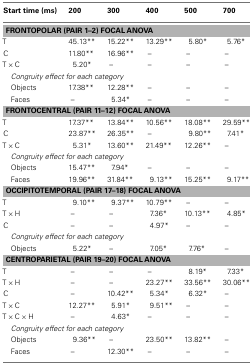
<table><thead><tr><td><b>Start time (ms)</b></td><td><b>200</b></td><td><b>300</b></td><td><b>400</b></td><td><b>500</b></td><td><b>700</b></td></tr></thead><tbody><tr><td colspan="6"><b>FRONTOPOLAR (PAIR 1–2) FOCAL ANOVA</b></td></tr><tr><td>T</td><td>45.13**</td><td>15.22**</td><td>13.29**</td><td>5.80*</td><td>5.76*</td></tr><tr><td>C</td><td>11.80**</td><td>16.96**</td><td>–</td><td>–</td><td>–</td></tr><tr><td>T × C</td><td>5.20*</td><td>–</td><td>–</td><td>–</td><td>–</td></tr><tr><td colspan="6"><i>Congruity effect for each category</i></td></tr><tr><td>Objects</td><td>17.38**</td><td>12.28**</td><td>–</td><td>–</td><td>–</td></tr><tr><td>Faces</td><td>–</td><td>5.34*</td><td>–</td><td>–</td><td>–</td></tr><tr><td colspan="6"><b>FRONTOCENTRAL (PAIR 11–12) FOCAL ANOVA</b></td></tr><tr><td>T</td><td>17.37**</td><td>13.84**</td><td>10.56**</td><td>18.08**</td><td>29.59**</td></tr><tr><td>C</td><td>23.87**</td><td>26.35**</td><td>–</td><td>9.80**</td><td>7.41*</td></tr><tr><td>T × C</td><td>5.31*</td><td>13.60**</td><td>21.49**</td><td>12.26**</td><td>–</td></tr><tr><td colspan="6"><i>Congruity effect for each category</i></td></tr><tr><td>Objects</td><td>15.47**</td><td>7.94*</td><td>–</td><td>–</td><td>–</td></tr><tr><td>Faces</td><td>19.96**</td><td>31.84**</td><td>9.13**</td><td>15.25**</td><td>9.17**</td></tr><tr><td colspan="6"><b>OCCIPITOTEMPORAL (PAIR 17–18) FOCAL ANOVA</b></td></tr><tr><td>T</td><td>9.10**</td><td>9.37**</td><td>10.79**</td><td>–</td><td>–</td></tr><tr><td>T × H</td><td>–</td><td>–</td><td>7.36*</td><td>10.13**</td><td>4.85*</td></tr><tr><td>C</td><td>–</td><td>–</td><td>4.97*</td><td>–</td><td>–</td></tr><tr><td colspan="6"><i>Congruity effect for each category</i></td></tr><tr><td>Objects</td><td>5.22*</td><td>–</td><td>7.05*</td><td>7.76*</td><td>–</td></tr><tr><td colspan="6"><b>CENTROPARIETAL (PAIR 19–20) FOCAL ANOVA</b></td></tr><tr><td>T</td><td>–</td><td>–</td><td>–</td><td>8.19*</td><td>7.33*</td></tr><tr><td>T × H</td><td>–</td><td>–</td><td>23.27**</td><td>33.56**</td><td>30.06**</td></tr><tr><td>C</td><td>–</td><td>10.42**</td><td>5.34*</td><td>6.32*</td><td>–</td></tr><tr><td>T × C</td><td>12.27**</td><td>5.91*</td><td>9.51**</td><td>–</td><td>–</td></tr><tr><td>T × C × H</td><td>–</td><td>4.63*</td><td>–</td><td>–</td><td>–</td></tr><tr><td colspan="6"><i>Congruity effect for each category</i></td></tr><tr><td>Objects</td><td>9.36**</td><td>–</td><td>23.50**</td><td>13.82**</td><td>–</td></tr><tr><td>Faces</td><td>–</td><td>12.30**</td><td>–</td><td>–</td><td>–</td></tr></tbody></table>